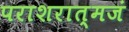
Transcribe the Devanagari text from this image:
पराशरात्मजं